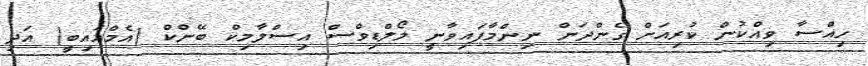
ހިއްސާ ވިއްކުން ކުރިއަށް ގެންދަން ނިންމާފައިވާނީ މޯލްޑިވްސް އިސްލާމިކް ބޭންކް (އެމްއައިބީ) އަދި